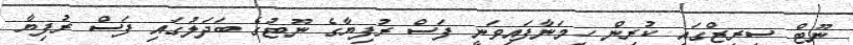
ނޫޓް ސީރީޒްގައި ކުރިން ހިމަނާފައިވަނީ ފަސް ރުފިޔާގެ ނޫޓުގެ ބަދަލުގައި ފަސް ރުފިޔާ